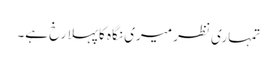
تمہاری نظر میری نگاہ کا پہلا رخ ہے۔